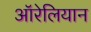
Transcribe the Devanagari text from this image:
ऑरेलियान